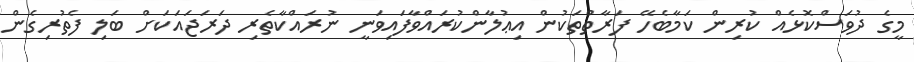
މީގެ ދުވަސްކޮޅެއް ކުރިން ކަމާބެހޭ ފަރާތްތަކުން އިޢުލާންކުރައްވާފައިވަނީ ނުރައްކާތެރި ދަރަޖައަކަށް ބަލި ފެތުރިގެން